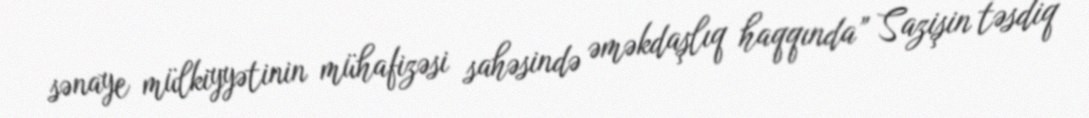
sənaye mülkiyyətinin mühafizəsi sahəsində əməkdaşlıq haqqında” Sazişin təsdiq